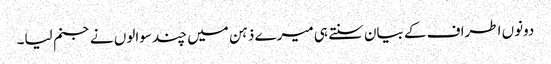
دونوں اطراف کے بیان سنتے ہی میرے ذہن میں چند سوالوں نے جنم لیا۔